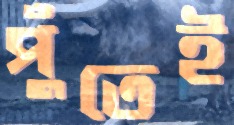
পুঁতেই